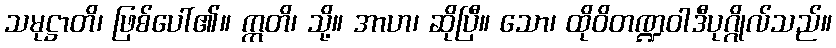
သမုဋ္ဌာတိ၊ ဖြစ်ပေါ်၏။ ဣတိ၊ သို့။ အာဟ၊ ဆိုပြီ။ သော၊ ထိုဝိတဏ္ဍဝါဒီပုဂ္ဂိုလ်သည်။